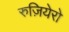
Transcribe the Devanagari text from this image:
रुज़ियेरो